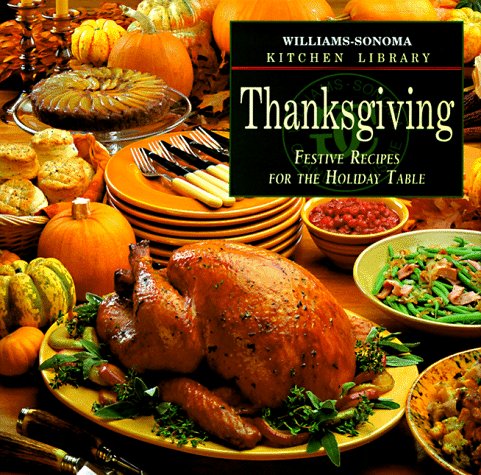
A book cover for Thanksgiving: Festive Recipes for the Holiday Table (Williams Sonoma Kitchen Library); Chuck Williams; Cookbooks, Food & Wine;